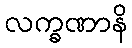
လက္ခဏာနိ